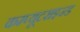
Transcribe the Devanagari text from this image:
कम्प्यूटराइज्ड